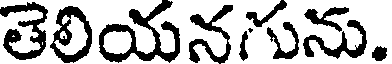
తెలియనగును.